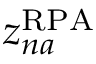
z _ { n a } ^ { \mathrm { R P A } }